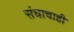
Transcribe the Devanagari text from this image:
संघाचाही